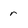
Character: r